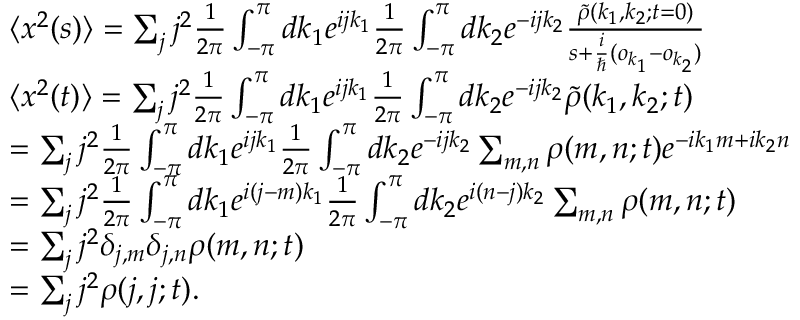
\begin{array} { r l } & { \langle x ^ { 2 } ( s ) \rangle = \sum _ { j } j ^ { 2 } \frac { 1 } { 2 \pi } \int _ { - \pi } ^ { \pi } d k _ { 1 } e ^ { i j k _ { 1 } } \frac { 1 } { 2 \pi } \int _ { - \pi } ^ { \pi } d k _ { 2 } e ^ { - i j k _ { 2 } } \frac { \tilde { \rho } ( k _ { 1 } , k _ { 2 } ; t = 0 ) } { s + \frac { i } { \hbar } ( o _ { k _ { 1 } } - o _ { k _ { 2 } } ) } } \\ & { \langle x ^ { 2 } ( t ) \rangle = \sum _ { j } j ^ { 2 } \frac { 1 } { 2 \pi } \int _ { - \pi } ^ { \pi } d k _ { 1 } e ^ { i j k _ { 1 } } \frac { 1 } { 2 \pi } \int _ { - \pi } ^ { \pi } d k _ { 2 } e ^ { - i j k _ { 2 } } \tilde { \rho } ( k _ { 1 } , k _ { 2 } ; t ) } \\ & { = \sum _ { j } j ^ { 2 } \frac { 1 } { 2 \pi } \int _ { - \pi } ^ { \pi } d k _ { 1 } e ^ { i j k _ { 1 } } \frac { 1 } { 2 \pi } \int _ { - \pi } ^ { \pi } d k _ { 2 } e ^ { - i j k _ { 2 } } \sum _ { m , n } \rho ( m , n ; t ) e ^ { - i k _ { 1 } m + i k _ { 2 } n } } \\ & { = \sum _ { j } j ^ { 2 } \frac { 1 } { 2 \pi } \int _ { - \pi } ^ { \pi } d k _ { 1 } e ^ { i ( j - m ) k _ { 1 } } \frac { 1 } { 2 \pi } \int _ { - \pi } ^ { \pi } d k _ { 2 } e ^ { i ( n - j ) k _ { 2 } } \sum _ { m , n } \rho ( m , n ; t ) } \\ & { = \sum _ { j } j ^ { 2 } \delta _ { j , m } \delta _ { j , n } \rho ( m , n ; t ) } \\ & { = \sum _ { j } j ^ { 2 } \rho ( j , j ; t ) . } \end{array}